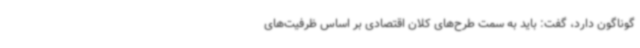
گوناگون دارد، گفت: باید به سمت طرح‌های کلان اقتصادی بر اساس ظرفیت‌های